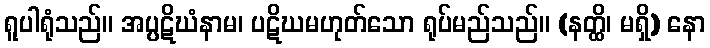
ရူပါရုံသည်။ အပ္ပဋိဃံနာမ၊ ပဋိဃမဟုတ်သော ရုပ်မည်သည်။ (နတ္ထိ၊ မရှိ) နော